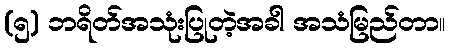
(၅) ဘရိတ်အသုံးပြုတဲ့အခါ အသံမြည်တာ။